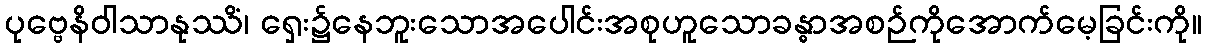
ပုဗ္ဗေနိဝါသာနုဿိံ၊ ရှေး၌နေဘူးသောအပေါင်းအစုဟူသောခန္ဓာအစဉ်ကိုအောက်မေ့ခြင်းကို။